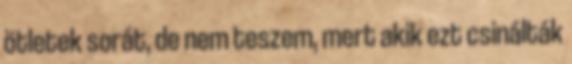
ötletek sorát, de nem teszem, mert akik ezt csinálták